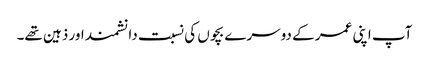
آپ اپنی عمر کے دوسرے بچوں کی نسبت دانشمند اور ذہین تھے۔